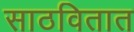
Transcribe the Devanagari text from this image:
साठवितात